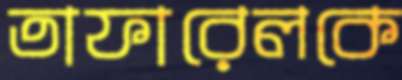
তাফারেলকে